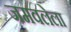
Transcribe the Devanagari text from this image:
जमवलेला